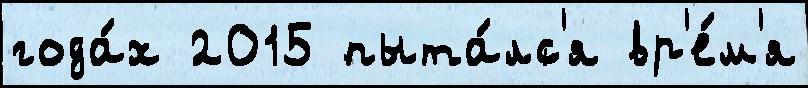
года́х 2015 пыта́лс'я вр'е́м'я